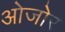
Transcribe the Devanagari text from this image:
ओजोर